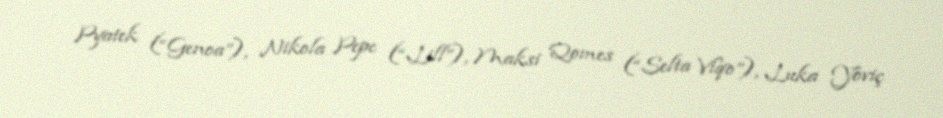
Pyatek (“Genoa”), Nikola Pepe (“Lill”), Maksi Qomes (“Selta Viqo”), Luka Yoviç